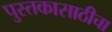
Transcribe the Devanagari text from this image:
पुस्तकासाठीचा